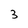
Character: 3